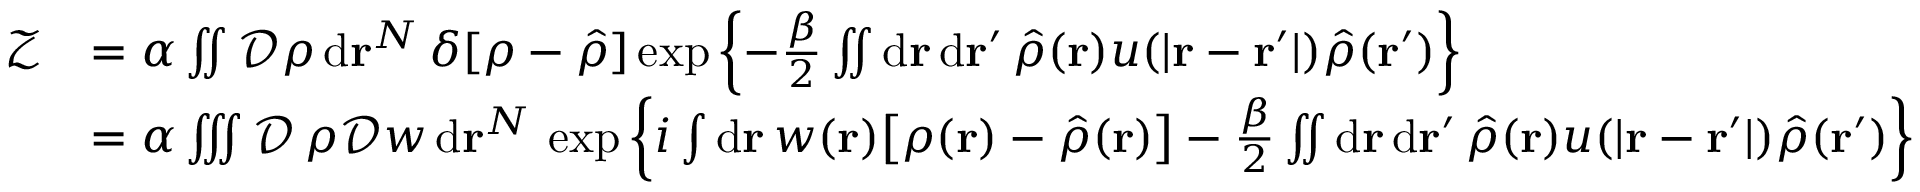
\begin{array} { r l } { \mathcal { Z } } & { = \alpha \iint \mathcal { D } \rho \, \mathrm { d } \mathbf { r } ^ { N } \, \delta [ \rho - \hat { \rho } ] \exp \left\{ - \frac { \beta } { 2 } \iint \mathrm { d } \mathbf { r } \, \mathrm { d } \mathbf { r } ^ { \prime } \, \hat { \rho } ( \mathbf { r } ) u ( \vert \mathbf { r } - \mathbf { r } ^ { \prime } \vert ) \hat { \rho } ( \mathbf { r } ^ { \prime } ) \right\} } \\ & { = \alpha \iiint \mathcal { D } \, \rho \mathcal { D } w \, \mathrm { d } \mathbf { r } ^ { N } \, \exp \left\{ i \int \mathrm { d } \mathbf { r } \, w ( \mathbf { r } ) \big [ \rho ( \mathbf { r } ) - \hat { \rho } ( \mathbf { r } ) \big ] - \frac { \beta } { 2 } \iint \mathrm { d } \mathbf { r } \, \mathrm { d } \mathbf { r } ^ { \prime } \, \hat { \rho } ( \mathbf { r } ) u ( \vert \mathbf { r } - \mathbf { r } ^ { \prime } \vert ) \hat { \rho } ( \mathbf { r } ^ { \prime } ) \right\} } \end{array}